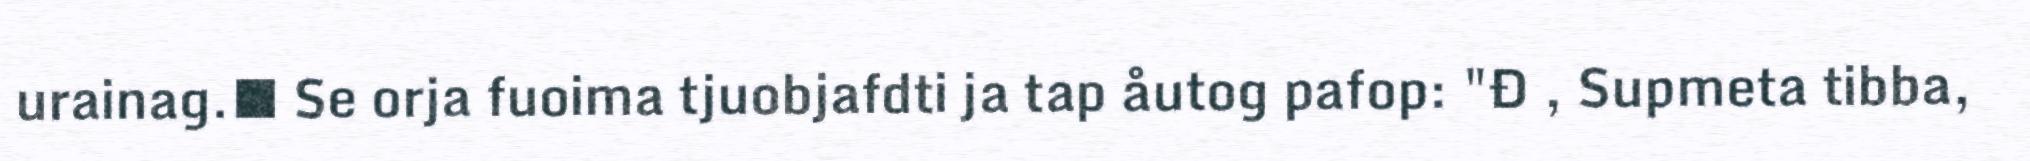
urainag.■ Se orja fuoima tjuobjafdti ja tap åutog pafop: "Đ , Supmeta tibba,